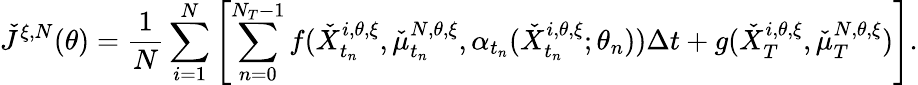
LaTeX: \check{J}^{\xi,N}(\theta)=\frac{1}{N}\sum_{i=1}^{N}\left[\sum_{n=0}^{N_{T}-1}f(\check{X}_{t_{n}}^{i,\theta,\xi},\check{\mu}_{t_{n}}^{N,\theta,\xi},\alpha_{t_{n}}(\check{X}_{t_{n}}^{i,\theta,\xi};\theta_{n}))\Delta t+g(\check{X}_{T}^{i,\theta,\xi},\check{\mu}_{T}^{N,\theta,\xi})\right].